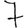
Digit: 7